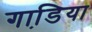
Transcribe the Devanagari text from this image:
गाडि़या